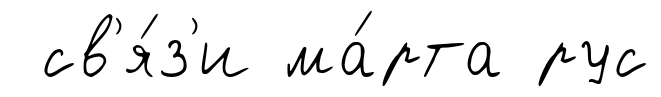
св'я́з'и ма́рта рус